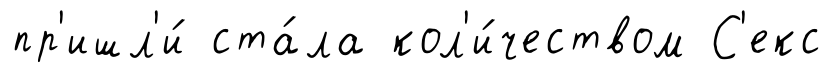
пр'ишл'и́ ста́ла кол'и́чеством С'екс